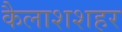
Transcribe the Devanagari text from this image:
कैलाशशहर